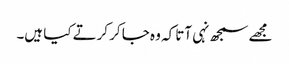
مجھے سمجھ نہی آتا کہ وہ جا کر کرتے کیا ہیں۔